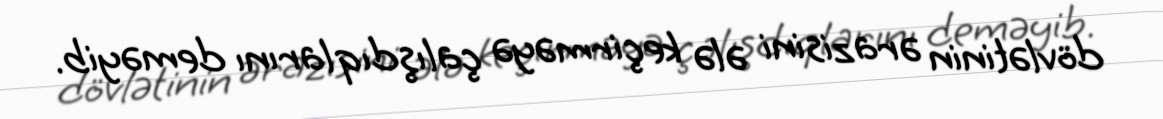
dövlətinin ərazisini ələ keçirməyə çalışdıqlarını deməyib.